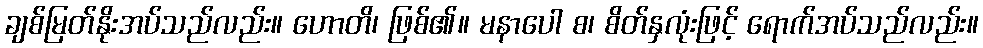
ချစ်မြတ်နိုးအပ်သည်လည်း။ ဟောတိ၊ ဖြစ်၏။ မနာပေါ စ၊ စိတ်နှလုံးဖြင့် ရောက်အပ်သည်လည်း။